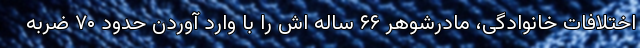
اختلافات خانوادگی، مادرشوهر ۶۶ ساله اش را با وارد آوردن حدود ۷۰ ضربه